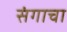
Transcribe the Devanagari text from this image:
संगाचा